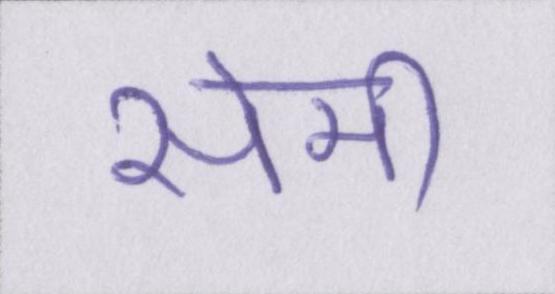
सेमी